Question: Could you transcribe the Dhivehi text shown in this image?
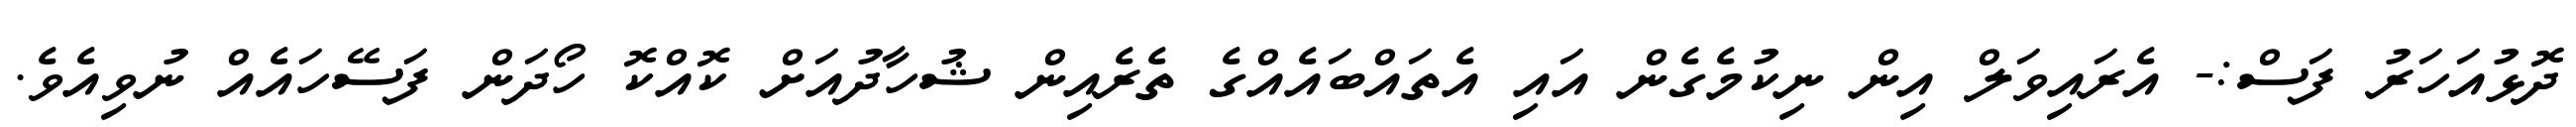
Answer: ދޮޅުއަހަރު ފަސް:- އެރައިވަލް އިން ނިކުމެގެން އައި އެތައްބައެއްގެ ތެރެއިން ޝުހާދުއަށް ކޮއްކޮ ހޯދަން ފަސޭހައެއް ނުވިއެވެ.